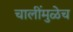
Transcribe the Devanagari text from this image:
चालींमुळेच